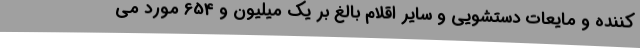
کننده و مایعات دستشویی و سایر اقلام بالغ بر یک میلیون و 654 مورد می